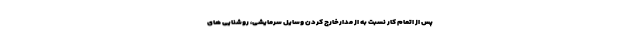
پس از اتمام کار نسبت به از مدارخارج کردن وسایل سرمایشی، روشنایی های